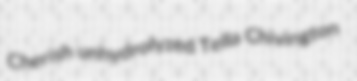
Cherish unhydrolyzed Tella Chivington